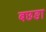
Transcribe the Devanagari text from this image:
बछङा